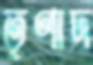
তৃণাদ